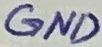
Text: GND